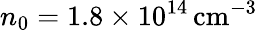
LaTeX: n_{0}=1.8\times 10^{14}\, \mathrm{cm}^{-3}